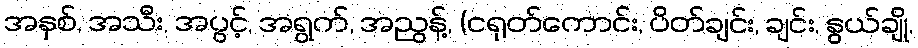
အနှစ်, အသီး, အပွင့်, အရွက်, အညွန့်, (ငရုတ်ကောင်း, ပိတ်ချင်း, ချင်း, နွယ်ချို,